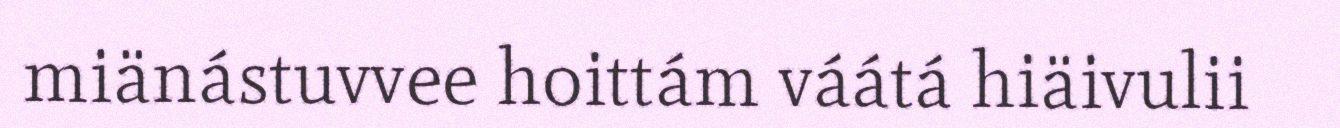
miänástuvvee hoittám váátá hiäivulii